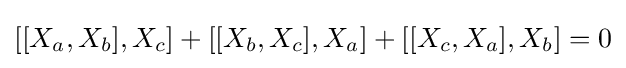
[[X_{a},X_{b}],X_{c}]+[[X_{b},X_{c}],X_{a}]+[[X_{c},X_{a}],X_{b}]=0